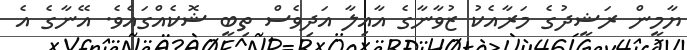
ޔާމީން ރަޝީދުގެ މަރާއެކު ޒުވާނާގެ އާއިލާ އަދިވެސް ތިބީ ޝޮކެއްގައެވެ. އޭނާގެ އެ